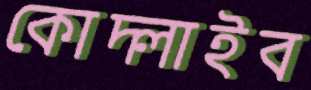
কোদ্‌লাইব